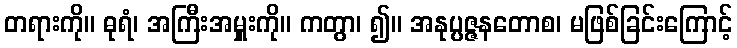
တရားကို။ ဓုရံ၊ အကြီးအမှူးကို။ ကတွာ၊ ၍။ အနုပ္ပဇ္ဇနတောစ၊ မဖြစ်ခြင်းကြောင့်